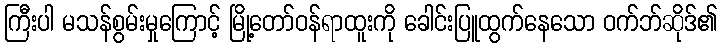
ကြီးပါ မသန်စွမ်းမှုကြောင့် မြို့တော်ဝန်ရာထူးကို ခေါင်းပြူထွက်နေသော ဝက်ဘ်ဆိုဒ်၏